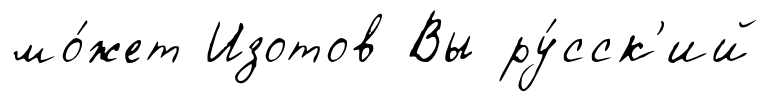
мо́жет Изотов Вы ру́сск'ий